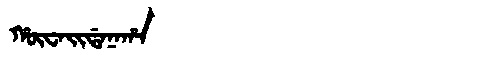
Manchu: ᡥᡡᠸᠠᡳᡩᠠᠨᠠᡥᠠ
Romanization: HŪWAIDANAHA